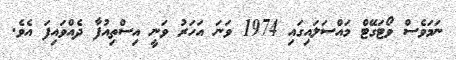
ނަމަވެސް ވޯޓަގޭޓް މައްސަލައިގައި 1974 ވަނަ އަހަރު ވަނީ އިސްތިއުފާ ދެއްވައިފަ އެވެ.